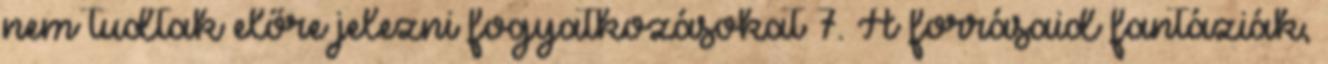
nem tudtak előre jelezni fogyatkozásokat 7. A forrásaid fantáziák,